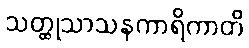
သတ္ထုသာသနကာရိကာတိ